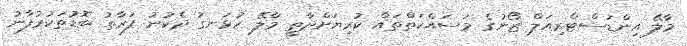
މާލޭ އިންޑަސްޓްރިއަލް ޒޯނުގެ މަސައްކަތްތައް ކުރިޔަށްދާތީ މާލޭ ހުޅަނގު ދެކުނު ފަރާތު ބޮޑުތަކުރުފާނު